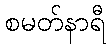
စမတ်နာရီ